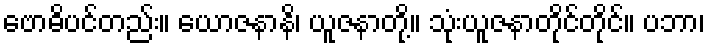
ဗောဓိပင်တည်း။ ယောဇနာနိ၊ ယူဇနာတို့။ သုံးယူဇနာတိုင်တိုင်။ ပဘာ၊